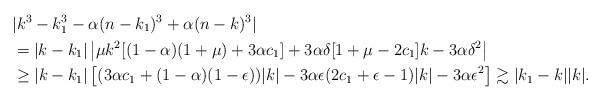
LaTeX: \begin{align*}& |k^3 - k_1^3 -\alpha(n-k_1)^3 + \alpha (n-k)^3 | \\& = |k-k_1|\left|\mu k^2[(1-\alpha)(1+ \mu) + 3 \alpha c_1] + 3\alpha \delta[1 + \mu - 2 c_1]k - 3 \alpha \delta^2\right| \\& \geq |k-k_1| \left[ (3\alpha c_1 + (1 - \alpha)(1 - \epsilon))|k| - 3 \alpha \epsilon(2c_1 + \epsilon - 1)|k| - 3 \alpha \epsilon ^2 \right] \gtrsim |k_1 - k| |k|.\end{align*}